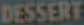
DESSERT